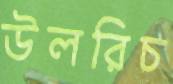
উলরিচ